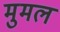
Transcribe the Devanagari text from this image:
मुमल